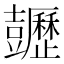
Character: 𧰡